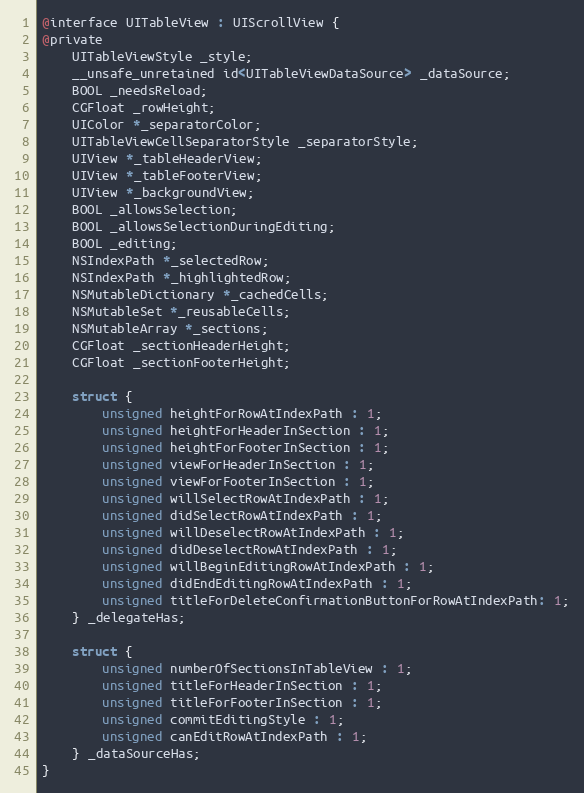
Language: C
@interface UITableView : UIScrollView {
@private
    UITableViewStyle _style;
    __unsafe_unretained id<UITableViewDataSource> _dataSource;
    BOOL _needsReload;
    CGFloat _rowHeight;
    UIColor *_separatorColor;
    UITableViewCellSeparatorStyle _separatorStyle;
    UIView *_tableHeaderView;
    UIView *_tableFooterView;
    UIView *_backgroundView;
    BOOL _allowsSelection;
    BOOL _allowsSelectionDuringEditing;
    BOOL _editing;
    NSIndexPath *_selectedRow;
    NSIndexPath *_highlightedRow;
    NSMutableDictionary *_cachedCells;
    NSMutableSet *_reusableCells;
    NSMutableArray *_sections;
    CGFloat _sectionHeaderHeight;
    CGFloat _sectionFooterHeight;

    struct {
        unsigned heightForRowAtIndexPath : 1;
        unsigned heightForHeaderInSection : 1;
        unsigned heightForFooterInSection : 1;
        unsigned viewForHeaderInSection : 1;
        unsigned viewForFooterInSection : 1;
        unsigned willSelectRowAtIndexPath : 1;
        unsigned didSelectRowAtIndexPath : 1;
        unsigned willDeselectRowAtIndexPath : 1;
        unsigned didDeselectRowAtIndexPath : 1;
        unsigned willBeginEditingRowAtIndexPath : 1;
        unsigned didEndEditingRowAtIndexPath : 1;
        unsigned titleForDeleteConfirmationButtonForRowAtIndexPath: 1;
    } _delegateHas;

    struct {
        unsigned numberOfSectionsInTableView : 1;
        unsigned titleForHeaderInSection : 1;
        unsigned titleForFooterInSection : 1;
        unsigned commitEditingStyle : 1;
        unsigned canEditRowAtIndexPath : 1;
    } _dataSourceHas;
}